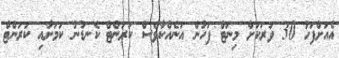
އެއަށްފަހު 30 ވަރަކަށް މިނަޓް ފަހުން އަނެއްކާވެސް ކަރަންޓް ކެނޑުނު ކަމަށާއި ކަރަންޓް